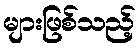
များဖြစ်သည့်